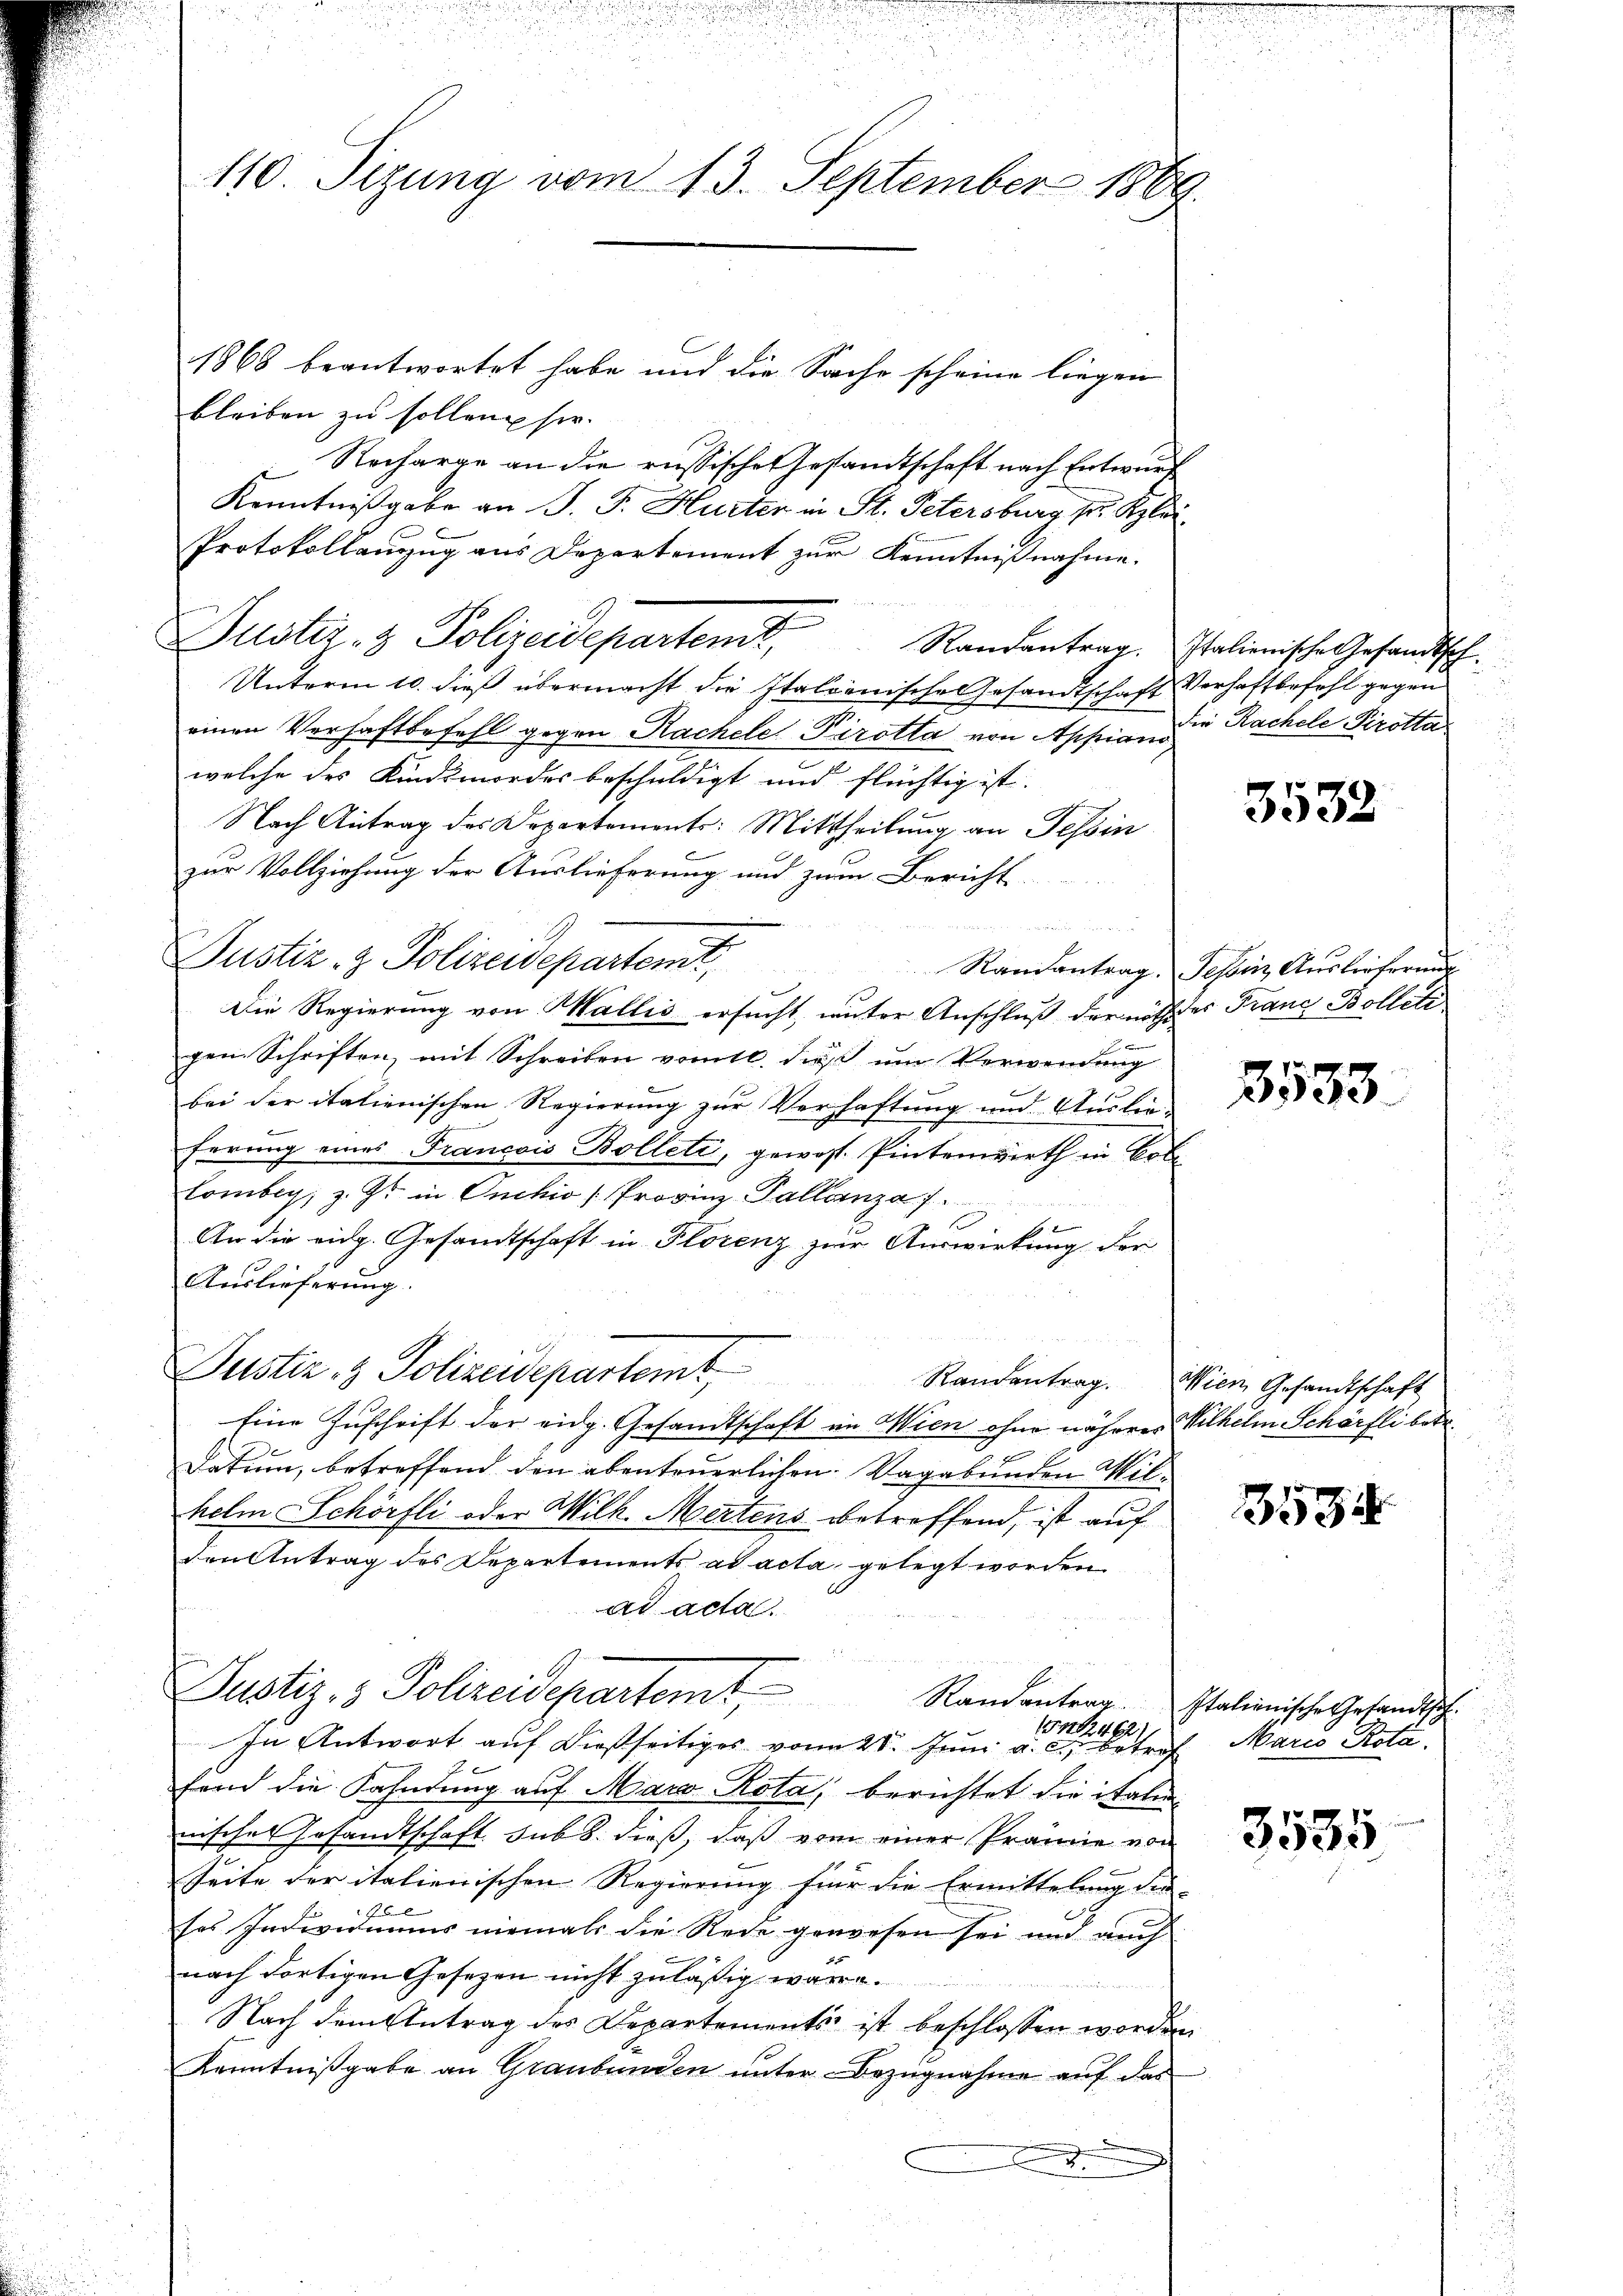
110 Sizung vom 13. September 1889

Justiz- & Polizeidepartemt,

1868 beantwortet habe und die Sache scheine liegen
bleiben zu sollen sie.
Recharge an die russischen Gesandtschaft nach Entwurf
Kenntnißgabe an J. J. Hurter in St. Petersburg Sr. Klei¬
Protokollanzug aus Departement zur Kenntnißnahme.
Unterm 10. dieß übermacht die Italienische Gesandtschaft Verhaftbefehl gegen
einen Verhaftbefehl gegen Rachele Pirotta von Appian die Rachele Pirotta
welche des Kindsmordes beschuldigt und flüchtig ist.
Nach Antrag des Departement: Mittheilung an Tessin
zur Vollziehung der Auslieferung und zum Bericht

Justiz- & Polizeidepartemt,
Die Regierung von Wallis ersucht, unter Anschluß der noth des Franz Bollete
B
gen Schriften, mit Schreiben vomtl. dieß um Verwendung
bei der italienischen Regierung zur Verhaftung und Auslieferung eines Francois Bolleti, gewoss. Pintenwirth in Bote
Combig, z. Z. in Onckio (Provinz Pallenza 7.
An die eidg. Gesandtschaft in Florenz zur Auswirkung der
Auslieferung.
Justiz- & Polizeidepartemt,
Randantrag. Wien Gesandtschaft
Eine Zuschrift der eidg. Gesandtschaft in Wien ohne näherer Wilhelm Schörfli betr.
Datum, betreffend den abenteuerlichen Vagabunden Wilhelm Schörfli oder Milk. Mertens betreffend, ist auf
den Antrag des Departements ad acta gelegt worden
ad acta.
Justiz- & Polizeidepartemt
Randantrag
1512462.
In Antwort auf dießseitiges vom 28. Juni a. c. betref Maria Rotafend die Fahndung auf Maro Rota, berichtet die italien
nisches Gesandtschaft sub b. dieß, daß vom einer Prämie von
Seite der italienischen Regierung für die Ermittelung der
70 l
ses Individuums niemals die Rede gewesen sei und auch
nach dortigen Gesezen nicht zuläßig wäre.
Nach dem Antrag des Departements ist beschlossen worden
Kenntnißgabe an Graubünden unter Bezugnahme auf das
3.

Randantrag. Italienische Gesandtsch.

3532

Randantrag. Tessin Auslieferung

3533

3534

Italienische Gesandtsch

3535